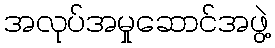
အလုပ်အမှုဆောင်အဖွဲ့